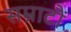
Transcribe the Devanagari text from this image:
सम्राटौं